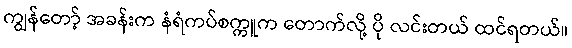
ကျွန်တော့် အခန်းက နံရံကပ်စက္ကူက တောက်လို့ ပို လင်းတယ် ထင်ရတယ်။